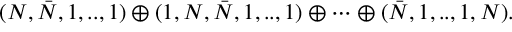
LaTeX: ( N , \bar { N } , 1 , . . , 1 ) \oplus ( 1 , N , \bar { N } , 1 , . . , 1 ) \oplus \cdots \oplus ( \bar { N } , 1 , . . , 1 , N ) .